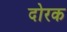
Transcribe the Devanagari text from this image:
दोरक